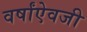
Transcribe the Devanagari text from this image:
वर्षांऐवजी